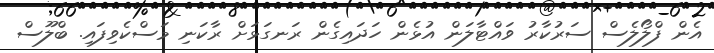
އެން ފްލޯލެސް ސަރުކާރު ވައްޓާލަން އުޅެން ހަދައިގެން ރަނގަޅަށް ރާކަނި މަސްކެވިފައި. ބްލޫސް